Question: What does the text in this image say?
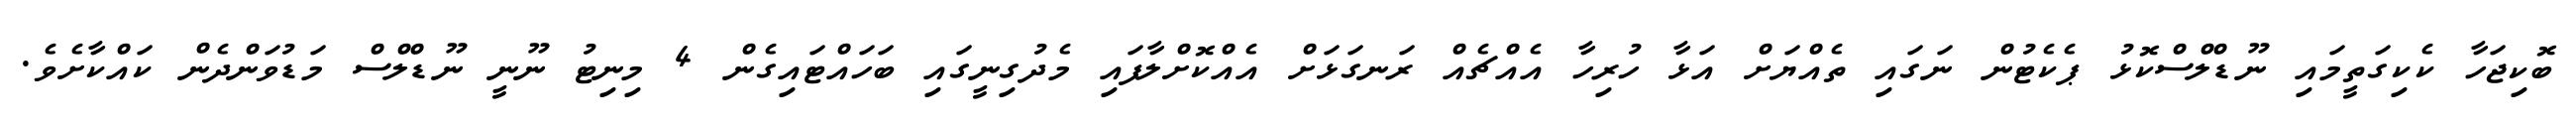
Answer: ބޮކިޖަހާ ކެކިގަތީމައި ނޫޑްލްސްކޮޅު ޕެކެޓުން ނަގައި ތެއްޔަށް އަޅާ ހުރިހާ އެއްޗެއް ރަނގަޅަށް އެއްކޮށްލާފައި މެދުގިނީގައި ބަހައްޓައިގެން 4 މިނިޓު ނޫނީ ނޫޑްލްސް މަޑުވަންދެން ކައްކާށެވެ.